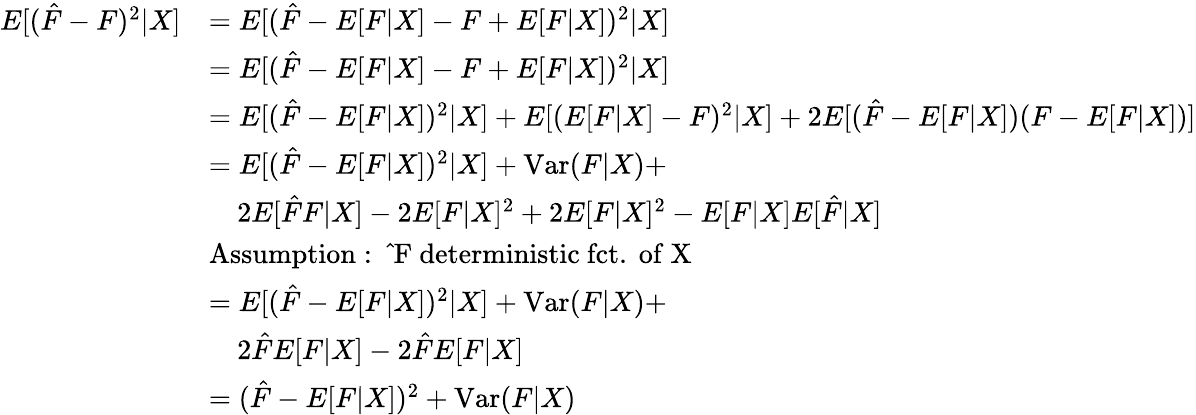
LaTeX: \begin{array}{rl}{E[(\hat{F}-F)^{2}|X]}&{=E[(\hat{F}-E[F|X]-F+E[F|X])^{2}|X]}\\ &{=E[(\hat{F}-E[F|X]-F+E[F|X])^{2}|X]}\\ &{=E[(\hat{F}-E[F|X])^{2}|X]+E[(E[F|X]-F)^{2}|X]+2E[(\hat{F}-E[F|X])(F-E[F|X])]}\\ &{=E[(\hat{F}-E[F|X])^{2}|X]+\mathrm{Var}(F|X)+}\\ &{\quad 2E[\hat{F}F|X]-2E[F|X]^{2}+2E[F|X]^{2}-E[F|X]E[\hat{F}|X]}\\ &{\mathrm{Assumption:~\hat{~}F~deterministic~fct.~of~X~}}\\ &{=E[(\hat{F}-E[F|X])^{2}|X]+\mathrm{Var}(F|X)+}\\ &{\quad 2\hat{F}E[F|X]-2\hat{F}E[F|X]}\\ &{=(\hat{F}-E[F|X])^{2}+\mathrm{Var}(F|X)}\end{array}